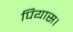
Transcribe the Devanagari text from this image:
पियास।